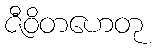
ဇီဝိတဟေတု